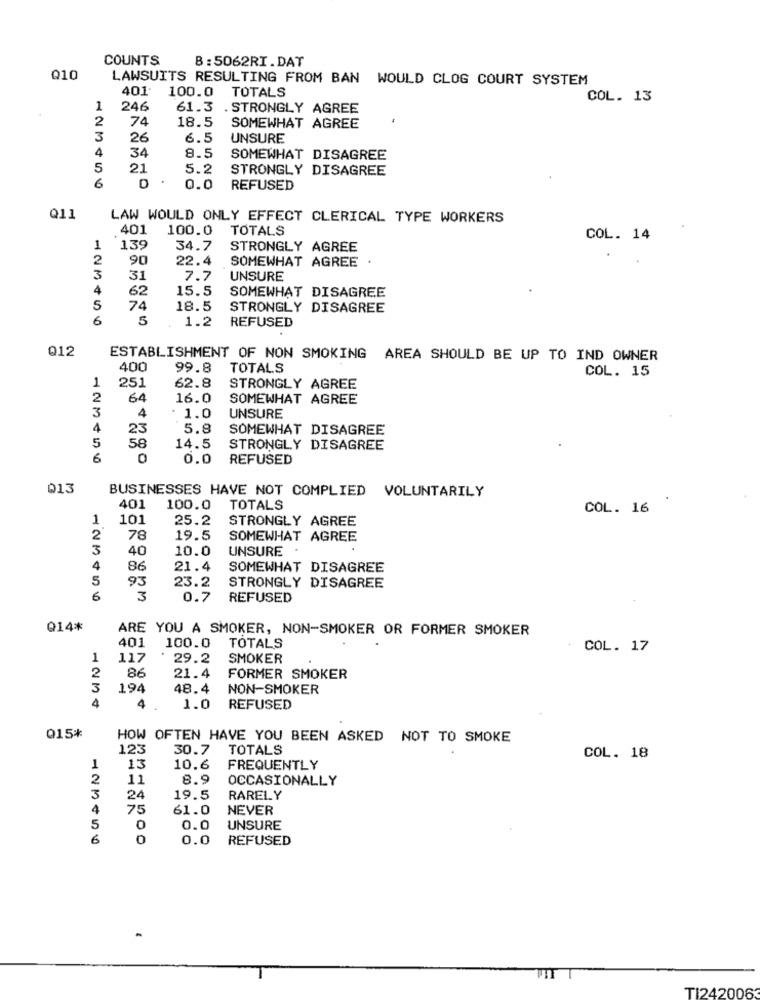
COUNTS
B: 5062RI.DAT
Q10
LAWSUITS RESULTING FROM BAN WOULD CLOG COURT SYSTEM
401.
100.0 TOTALS
COL. 13
1
246
61.3 . STRONGLY AGREE
2
74
18.5
SOMEWHAT AGREE
3
26
6.5
UNSURE
4
34
8.5
SOMEWHAT DISAGREE
5
21
5.2
STRONGLY DISAGREE
6
D
0.0
REFUSED
Q11
LAW WOULD ONLY EFFECT CLERICAL TYPE WORKERS
401
100.0
TOTALS
COL. 14
1
139
34.7
STRONGLY AGREE
2
90
22.4
SOMEWHAT AGREE
3
31
7.7
UNSURE
4
62
15.5
SOMEWHAT DISAGREE
S
74
18.5
STRONGLY DISAGREE
6
5
1.2
REFUSED
012
ESTABLISHMENT OF NON SMOKING AREA SHOULD BE UP TO IND OWNER
400
99.8
TOTALS
COL. 15
62.8
1
251
STRONGLY AGREE
2
64
16.0
SOMEWHAT AGREE
3
4
: 1.0
UNSURE
4
23
5.8
SOMEWHAT DISAGREE
58
5
14.5
STRONGLY DISAGREE
6
0
0.0
REFUSED
013
BUSINESSES HAVE NOT COMPLIED VOLUNTARILY
401
100.0
TOTALS
COL. 16
1
101
25.2
STRONGLY AGREE
2
78
19.5
SOMEWHAT AGREE
3
40
10.0
UNSURE
4
86
21.4
SOMEWHAT DISAGREE
5
93
23.2
STRONGLY DISAGREE
6
3
0.7
REFUSED
Q14*
ARE YOU A SMOKER, NON-SMOKER OR FORMER SMOKER
401
100.0
TOTALS
COL. 17
1
117
29.2
SMOKER
86
21.4
2
FORMER SMOKER
3
194
48.4
NON-SMOKER
4
4
1.0
REFUSED
Q15*
HOW OFTEN HAVE YOU BEEN ASKED NOT TO SMOKE
123
30.7
TOTALS
COL. 18
1
13
10.6
FREQUENTLY
2
11
8.9
OCCASIONALLY
3
24
19.5
RARELY
4
75
61.0
NEVER
5
0
O.C
UNSURE
6
O
0.0
REFUSED
TI242006